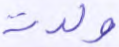
ولدت